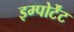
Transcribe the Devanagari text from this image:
इम्पोर्टेंट